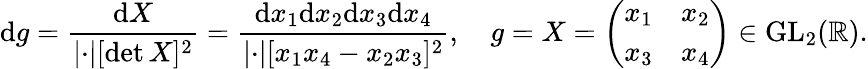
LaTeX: \mathrm{d}g=\frac{\mathrm{d}X}{\lvert\cdot\rvert[\operatorname*{det}X]^{2}}=\frac{\mathrm{d}x_{1}\mathrm{d}x_{2}\mathrm{d}x_{3}\mathrm{d}x_{4}}{\lvert\cdot\rvert[x_{1}x_{4}-x_{2}x_{3}]^{2}},\quad g=X=\left(\begin{array}{ll}{x_{1}}&{x_{2}}\\ {x_{3}}&{x_{4}}\end{array}\right)\in\mathrm{GL}_{2}(\mathbb{R}).